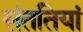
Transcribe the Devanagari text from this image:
संततियां